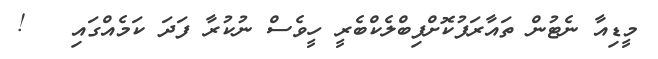
މީޑިއާ ނެޓުން ތައާރަފުކޮށްފިބްލެކްބެރީ ހީވެސް ނުކުރާ ފަދަ ކަމެއްގައި   !